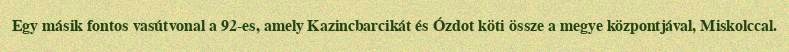
Egy másik fontos vasútvonal a 92-es, amely Kazincbarcikát és Ózdot köti össze a megye központjával, Miskolccal.